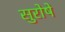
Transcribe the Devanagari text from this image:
सुरोषे